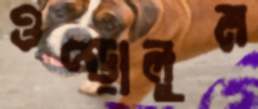
ওপ্‌ড়ালুম